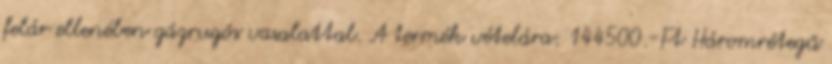
felár ellenében gázrugós vasalattal. A termék vételára: 144500.-Ft Háromrétegű